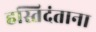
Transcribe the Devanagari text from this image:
हस्तिदंताना